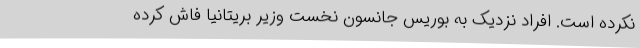
نکرده است. افراد نزدیک به بوریس جانسون نخست وزیر بریتانیا فاش کرده